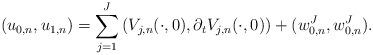
LaTeX: \begin{align*} (u_{0,n}, u_{1,n}) = \sum_{j=1}^J \left(V_{j,n}(\cdot, 0), \partial_t V_{j,n}(\cdot, 0)\right) + (w_{0,n}^J, w_{0,n}^J).\end{align*}